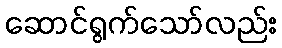
ဆောင်ရွက်သော်လည်း